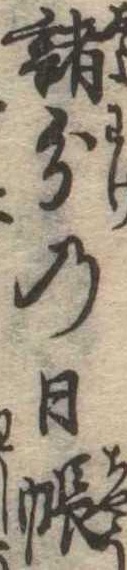
諸分の日帳